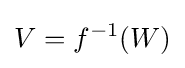
V=f^{-1}(W)